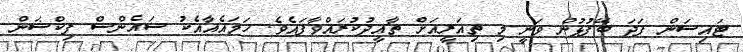
ޓައިސަން ފަދަ ބޭފުޅުން ވަނީ މި ތިއަރީއަށް ތާއީދުކުރައްވާފައެވެ. ހަމައެއާއެކު ސައެންސް ފިކްޝަން